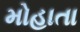
મોહાતા